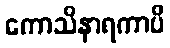
ကောသိနာရကာပိ